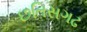
છતિસગઢ